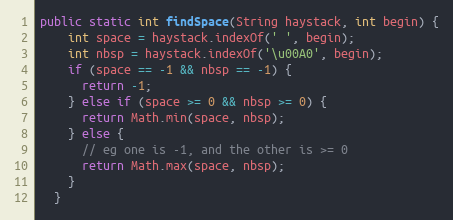
Language: Java
public static int findSpace(String haystack, int begin) {
    int space = haystack.indexOf(' ', begin);
    int nbsp = haystack.indexOf('\u00A0', begin);
    if (space == -1 && nbsp == -1) {
      return -1;
    } else if (space >= 0 && nbsp >= 0) {
      return Math.min(space, nbsp);
    } else {
      // eg one is -1, and the other is >= 0
      return Math.max(space, nbsp);
    }
  }